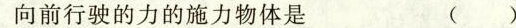
向前行驶的力的施力物体是 ()